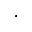
^ \cdot